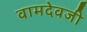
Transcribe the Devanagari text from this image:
वामदेवजी